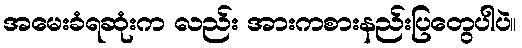
အမေးခံရဆုံးက လည်း အားကစားနည်းပြတွေပါပဲ။